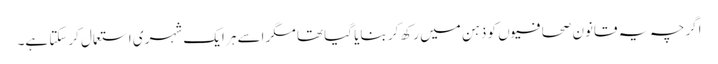
اگرچہ یہ قانون صحافیوں کو ذہن میں رکھ کر بنایا گیا تھا مگر اسے ہر ایک شہری استعمال کرسکتا ہے۔